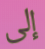
إلى